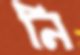
নি